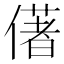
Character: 㒂